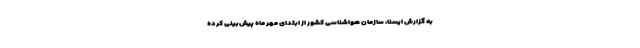
به گزارش ایسنا، سازمان هواشناسی کشور از ابتدای مهر ماه پیش‌بینی کرده